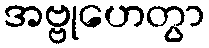
အဗ္ဗုဟေတွာ